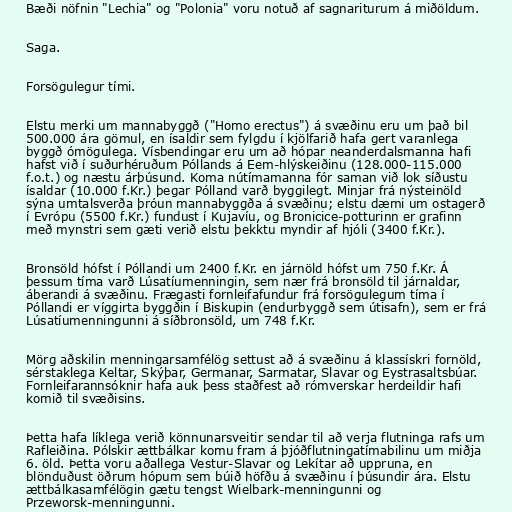
Bæði nöfnin "Lechia" og "Polonia" voru notuð af sagnariturum á miðöldum.

Saga.

Forsögulegur tími.

Elstu merki um mannabyggð ("Homo erectus") á svæðinu eru um það bil
500.000 ára gömul, en ísaldir sem fylgdu í kjölfarið hafa gert varanlega
byggð ómögulega. Vísbendingar eru um að hópar neanderdalsmanna hafi
hafst við í suðurhéruðum Póllands á Eem-hlýskeiðinu (128.000-115.000
f.o.t.) og næstu árþúsund. Koma nútímamanna fór saman við lok síðustu
ísaldar (10.000 f.Kr.) þegar Pólland varð byggilegt. Minjar frá nýsteinöld
sýna umtalsverða þróun mannabyggða á svæðinu; elstu dæmi um ostagerð
í Evrópu (5500 f.Kr.) fundust í Kujavíu, og Bronicice-potturinn er grafinn
með mynstri sem gæti verið elstu þekktu myndir af hjóli (3400 f.Kr.).

Bronsöld hófst í Póllandi um 2400 f.Kr. en járnöld hófst um 750 f.Kr. Á
þessum tíma varð Lúsatíumenningin, sem nær frá bronsöld til járnaldar,
áberandi á svæðinu. Frægasti fornleifafundur frá forsögulegum tíma í
Póllandi er víggirta byggðin í Biskupin (endurbyggð sem útisafn), sem er frá
Lúsatíumenningunni á síðbronsöld, um 748 f.Kr.

Mörg aðskilin menningarsamfélög settust að á svæðinu á klassískri fornöld,
sérstaklega Keltar, Skýþar, Germanar, Sarmatar, Slavar og Eystrasaltsbúar.
Fornleifarannsóknir hafa auk þess staðfest að rómverskar herdeildir hafi
komið til svæðisins.

Þetta hafa líklega verið könnunarsveitir sendar til að verja flutninga rafs um
Rafleiðina. Pólskir ættbálkar komu fram á þjóðflutningatímabilinu um miðja
6. öld. Þetta voru aðallega Vestur-Slavar og Lekítar að uppruna, en
blönduðust öðrum hópum sem búið höfðu á svæðinu í þúsundir ára. Elstu
ættbálkasamfélögin gætu tengst Wielbark-menningunni og
Przeworsk-menningunni.